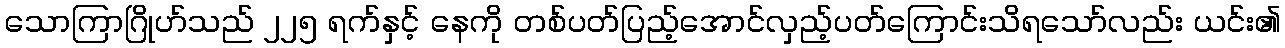
သောကြာဂြိုဟ်သည် ၂၂၅ ရက်နှင့် နေကို တစ်ပတ်ပြည့်အောင်လှည့်ပတ်ကြောင်းသိရသော်လည်း ယင်း၏